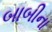
બાબીના